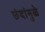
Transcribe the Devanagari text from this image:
छंदांमुळे